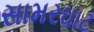
સામરઘાટ